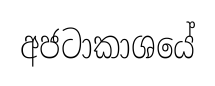
අජටාකාශයේ